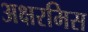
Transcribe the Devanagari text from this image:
अक्षरमिस